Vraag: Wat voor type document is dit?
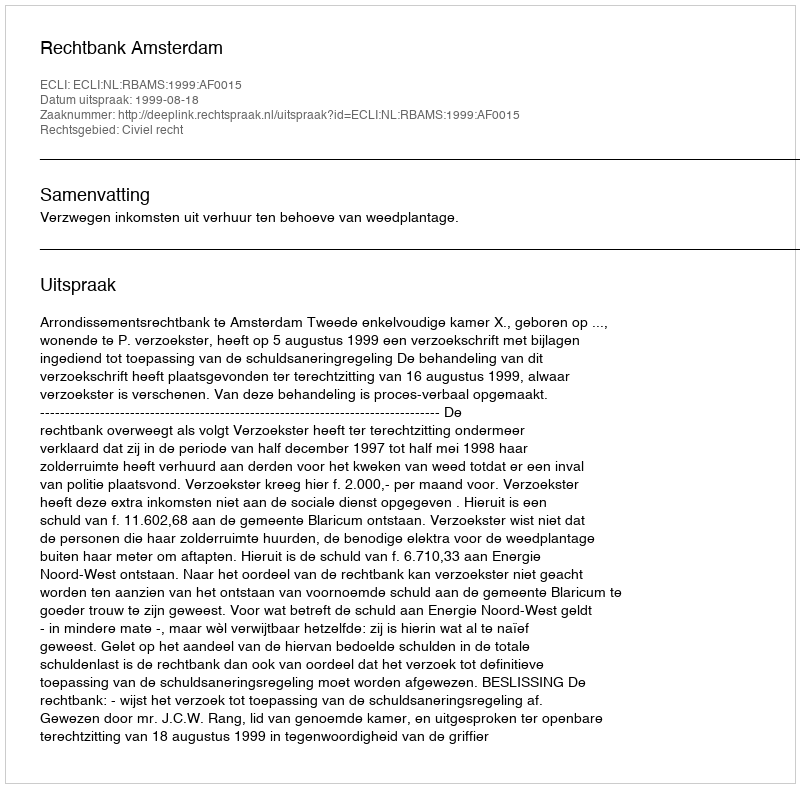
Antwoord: Uitspraak